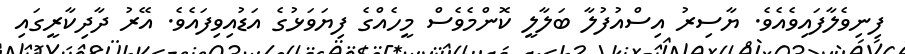
ފިނިވެލާފައިވެއެވެ. ޔާސިރު އިސްއުފުލާ ބަލާލީ ކޮންމެވެސް މީހެއްގެ ފިޔަވަޅުގެ އަޑުއިވިފައެވެ. އޭރު ދާދިކާރީގައި